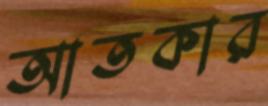
আতকার